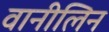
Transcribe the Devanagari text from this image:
वानीलिन